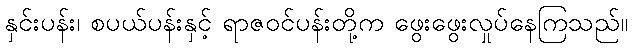
နှင်းပန်း၊ စပယ်ပန်းနှင့် ရာဇဝင်ပန်းတို့က ဖွေးဖွေးလှုပ်နေကြသည်။